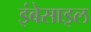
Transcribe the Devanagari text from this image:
इंबेसाइल